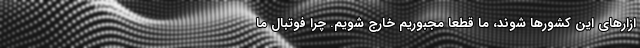
ازارهای این کشورها شوند، ما قطعا مجبوریم خارج شویم. چرا فوتبال ما